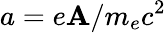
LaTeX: a=e\mathbf{A}/m_{e}c^{2}